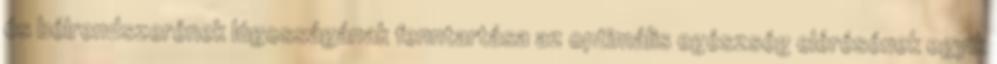
és bélrendszerének lúgosságának fenntartása az optimális egészség elérésének egyik